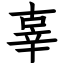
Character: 辜